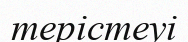
терістеуі